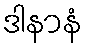
ဒါနာနံ